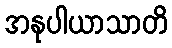
အနုပါယာသာတိ